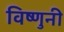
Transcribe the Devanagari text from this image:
विष्णुनी